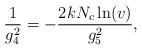
\begin{align*}\frac {1}{g_4^2} = - \frac {2 k N_c \ln (v)}{g_5^2},\end{align*}